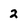
Character: 2